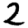
Digit: 2